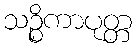
သဉ္စိကာပုတ္တ